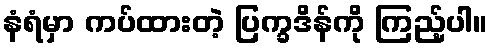
နံရံမှာ ကပ်ထားတဲ့ ပြက္ခဒိန်ကို ကြည့်ပါ။